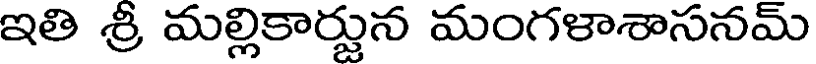
ఇతి శ్రీ మల్లికార్జున మంగళాశాసనమ్